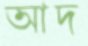
আদ